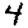
Digit: 4